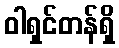
ဝါရှင်တန်ရှိ